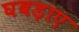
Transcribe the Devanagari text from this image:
घबड़ाए